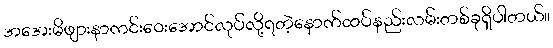
အအေးမိဖျားနာကင်းဝေးအောင်လုပ်လို့ရတဲ့နောက်ထပ်နည်းလမ်းတစ်ခုရှိပါတယ်။